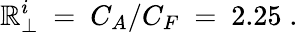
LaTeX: \mathbb{R}_{\perp}^{i}\ =\ C_{A}/C_{F}\ =\ 2.25\; .